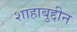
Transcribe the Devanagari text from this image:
शाहाबुद्दीन